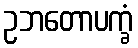
ဥဘတောပက္ခံ